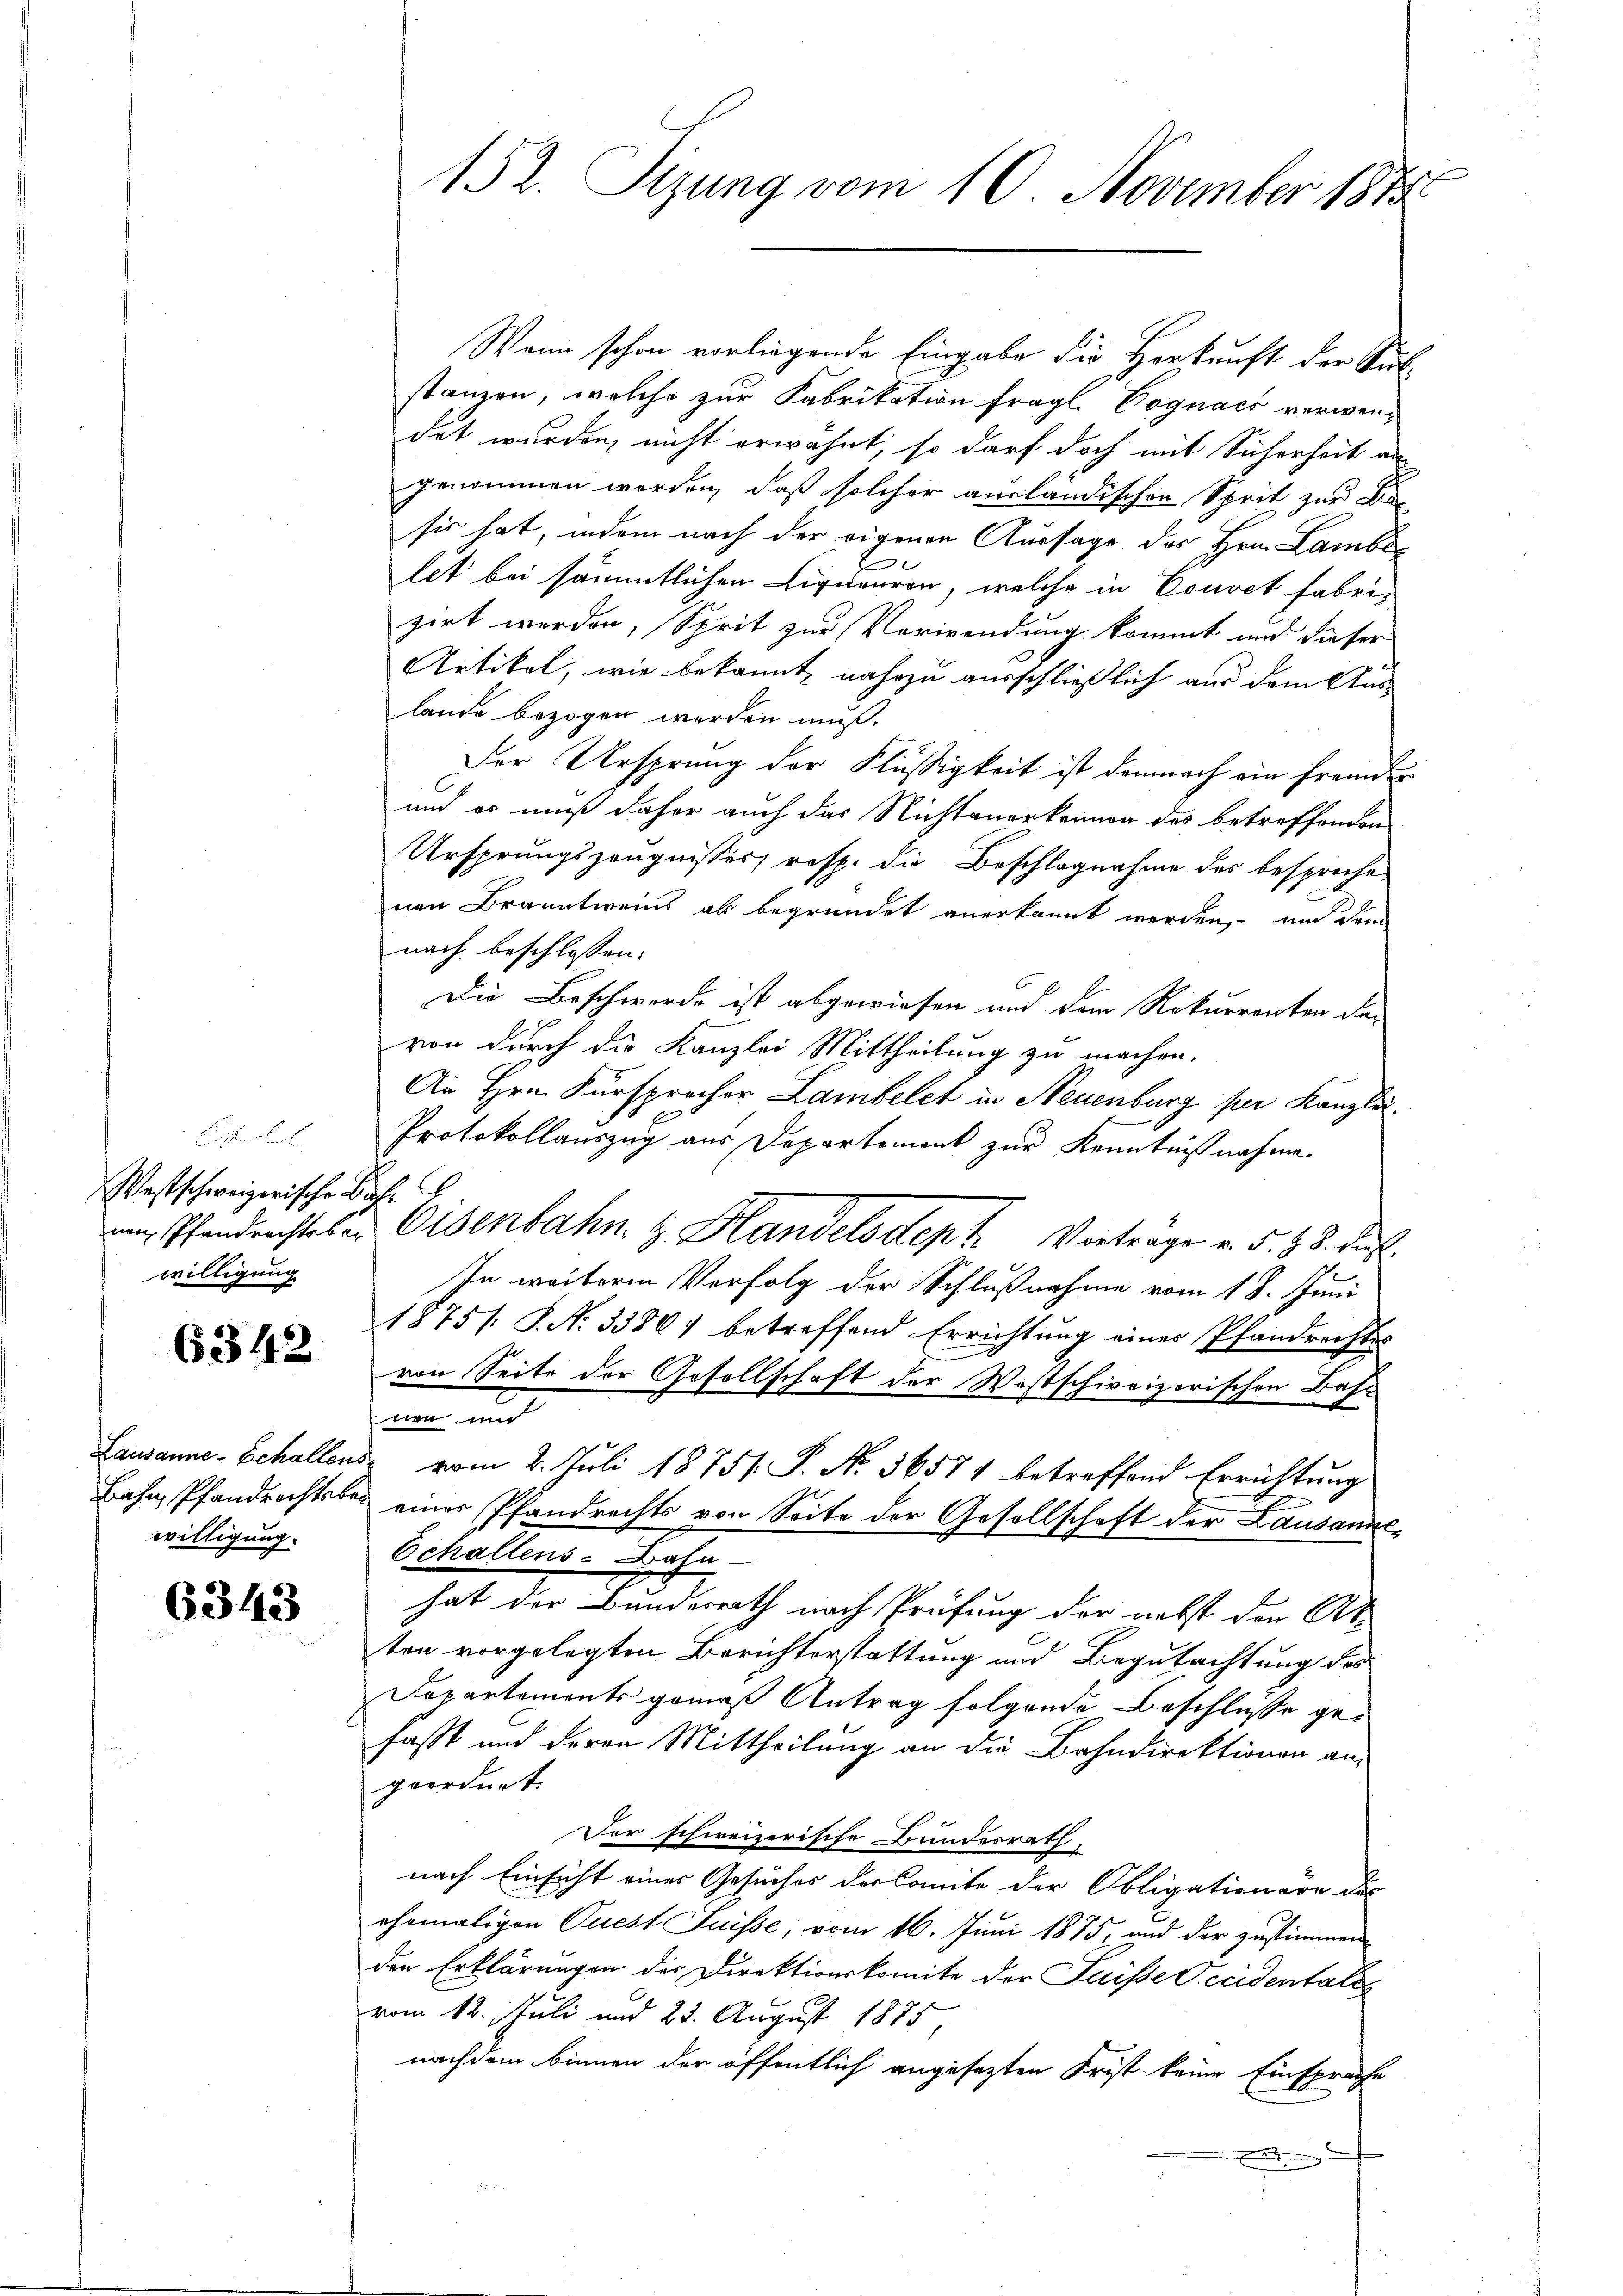
bchen
Westschweizerische Biele
willigung

6342

willigung.

6343

Wenn schon vorliegende Eingabe die Herkunft der Sub-
stanzen, welche zur Fabrikation fragl. Cognacz verwendet wurden, nicht erwähnt, so darf doch mit Sicherheit an
genommen worden, daß solcher ausländischen Sprit zur Besie hat, indem nach der eigenen Aussage des Hrn. Lamber
tet bei sämmtlichen Liquieuren, welche in Couvet fabrizirt werden, Sprit zur Verwendung kommt und dieser
Artikel, wie bekannt nahezu ausschließlich aus dem Auslande bezogen werden muß.
Der Ursprung der Flüßigkeit ist demnach ein fremder
und er muß daher auch das Nichtanerkennen des betreffenden
Ursprungszeugnisses, resp. die Beschlagnahme des besprochenen Branntweins ab begründet anerkannt werden, und dem
nach beschlossen:
Die Beschwerde ist abgewiesen und dem Rekurrenter da-
von durch die Kanzlei Mittheilung zu machen.
An Hrn. Fürsprecher Lambelct in Neuenburg per Kanzlei.
Protokollauszug aus Departement zur Kenntnißnahme.
um Pfandrechtes & Eisenbahn & Handelsdept. Vortrage v. 5. 28. dies
In weitere Verfolg der Schlußnahme vom 18. Juni
1875/. S. N. 33861 betreffend Errichtung einer Pfandrechtes
von Seite der Gesellschaft der Westschweizerischen Bahn
nen und
Lausanne Echallens vom 2. Juli 1875. P. Nr. 36574 betreffend Errichtŭng
Bahn, Pfandrechtsber einer Pfandrechts von Seite der Gesellschaft der Lausanne¬
Echallens-Bahn-
hat der Bundesrath nach Prüfung der nebst den Ak
ten vorgelegten Berichterstattung und Begutachtung des
Departements gemäß Antrag folgende Beschlüsse gefasst und deren Mittheilung an die Bahndirektionen an,
geordnet.
Der schweizerische Bundesrath,
nach Einsicht eines Gesuches der Comite der Obligationäre des
ehemaligen Quest Füsse; vom 16. Juni 1875, und der zustimmen
den Erklärungen der Direktionskomite der Puisse Occidentales
vom 12. Juli und 23. August 1875,
nachdem binnen der öffentlich angesezten Frist keine Einsprache
.

152. Sizung vom 10. November 1875